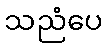
သညံပေ